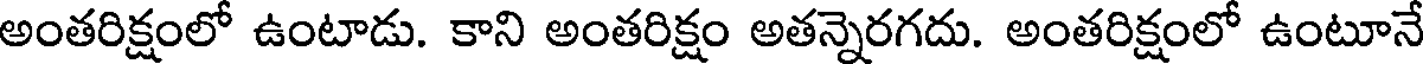
అంతరిక్షంలో ఉంటాడు. కాని అంతరిక్షం అతన్నెరగదు. అంతరిక్షంలో ఉంటూనే